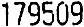
179509